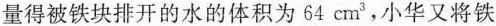
量得被铁块排开的水的体积为64cm3，小华又将铁